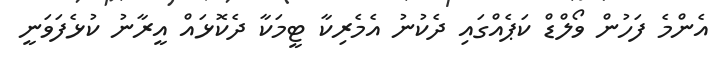
އެންމެ ފަހުން ވޯލްޑް ކަޕެއްގައި ދެކުނު އެމެރިކާ ޓީމަކާ ދެކޮޅައް އީރާނު ކުޅެފަވަނީ